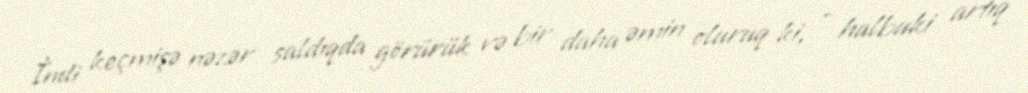
İndi keçmişə nəzər saldıqda görürük və bir daha əmin oluruq ki, - halbuki artıq